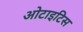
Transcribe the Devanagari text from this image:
ओटाइटिस